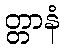
တ္တာနံ